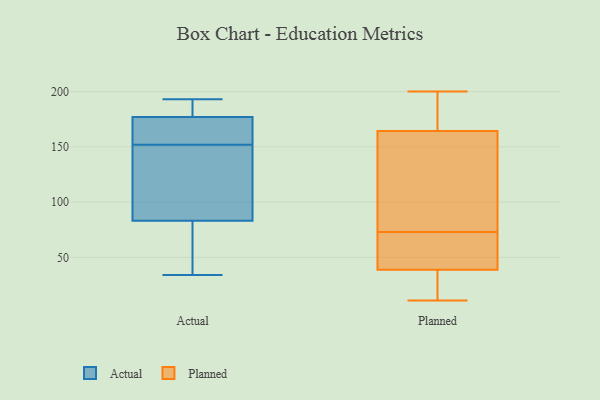
{"axis": {"x": "LTV (USD)", "y": "Value"}, "legend": ["Actual", "Planned"], "data": [{"x": "", "y": 141, "type": "Actual"}, {"x": "", "y": 83, "type": "Actual"}, {"x": "", "y": 167, "type": "Actual"}, {"x": "", "y": 86, "type": "Actual"}, {"x": "", "y": 105, "type": "Actual"}, {"x": "", "y": 177, "type": "Actual"}, {"x": "", "y": 107, "type": "Actual"}, {"x": "", "y": 165, "type": "Actual"}, {"x": "", "y": 51, "type": "Actual"}, {"x": "", "y": 167, "type": "Actual"}, {"x": "", "y": 184, "type": "Actual"}, {"x": "", "y": 34, "type": "Actual"}, {"x": "", "y": 184, "type": "Actual"}, {"x": "", "y": 163, "type": "Actual"}, {"x": "", "y": 189, "type": "Actual"}, {"x": "", "y": 193, "type": "Actual"}, {"x": "", "y": 67, "type": "Actual"}, {"x": "", "y": 64, "type": "Actual"}, {"x": "", "y": 21, "type": "Planned"}, {"x": "", "y": 104, "type": "Planned"}, {"x": "", "y": 162, "type": "Planned"}, {"x": "", "y": 123, "type": "Planned"}, {"x": "", "y": 71, "type": "Planned"}, {"x": "", "y": 58, "type": "Planned"}, {"x": "", "y": 59, "type": "Planned"}, {"x": "", "y": 32, "type": "Planned"}, {"x": "", "y": 176, "type": "Planned"}, {"x": "", "y": 73, "type": "Planned"}, {"x": "", "y": 11, "type": "Planned"}, {"x": "", "y": 168, "type": "Planned"}, {"x": "", "y": 192, "type": "Planned"}, {"x": "", "y": 200, "type": "Planned"}, {"x": "", "y": 163, "type": "Planned"}, {"x": "", "y": 41, "type": "Planned"}, {"x": "", "y": 14, "type": "Planned"}]}